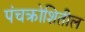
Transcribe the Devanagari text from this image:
पंचक्रोशितील